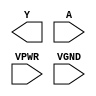
module sky130_fd_sc_hs__clkdlyinv3sd1 (
    Y   ,
    A   ,
    VPWR,
    VGND
);

    output Y   ;
    input  A   ;
    input  VPWR;
    input  VGND;
endmodule